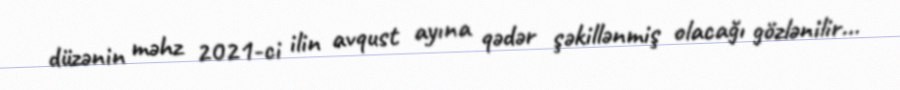
düzənin məhz 2021-ci ilin avqust ayına qədər şəkillənmiş olacağı gözlənilir...